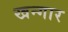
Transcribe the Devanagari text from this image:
खन्गार